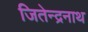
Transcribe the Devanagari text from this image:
जितेन्द्रनाथ